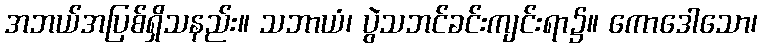
အဘယ်အပြစ်ရှိသနည်း။ သဘာယံ၊ ပွဲသဘင်ခင်းကျင်းရာ၌။ ကောဒေါသော၊